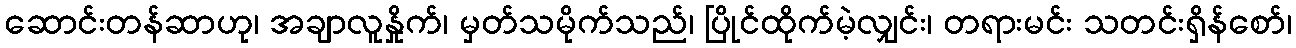
ဆောင်းတန်ဆာဟု၊ အချာလူနှိုက်၊ မှတ်သမိုက်သည်၊ ပြိုင်ထိုက်မဲ့လျှင်း၊ တရားမင်း သတင်းရှိန်စော်၊